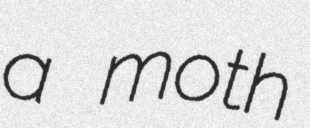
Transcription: a moth